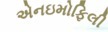
એનઇમોફિલી